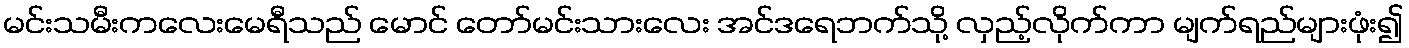
မင်းသမီးကလေးမေရီသည် မောင် တော်မင်းသားလေး အင်ဒရေဘက်သို့ လှည့်လိုက်ကာ မျက်ရည်များဖုံး၍